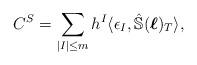
LaTeX: \begin{align*} C^S=\sum_{|I|\leq m}h^I\langle \epsilon_{I},\hat{\mathbb{S}}(\boldsymbol{\ell})_T\rangle,\end{align*}